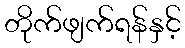
တိုက်ဖျက်ရန်နှင့်